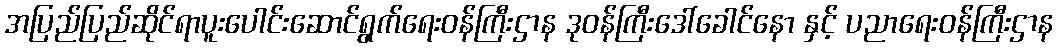
အပြည်ပြည်ဆိုင်ရာပူးပေါင်းဆောင်ရွက်ရေးဝန်ကြီးဌာန ဒုဝန်ကြီးဒေါ်ခေါင်နော နှင့် ပညာရေးဝန်ကြီးဌာန